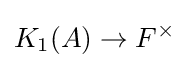
K_{1}(A)\to F^{\times }